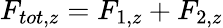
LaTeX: F_{tot,z}=F_{1,z}+F_{2,z}